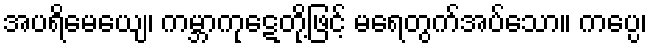
အပရိမေယျေ၊ ကမ္ဘာကုဋေတို့ဖြင့် မရေတွက်အပ်သော။ ကပ္ပေ၊